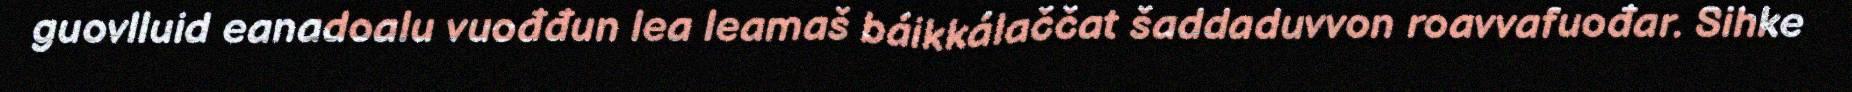
guovlluid eanadoalu vuođđun lea leamaš báikkálaččat šaddaduvvon roavvafuođar. Sihke